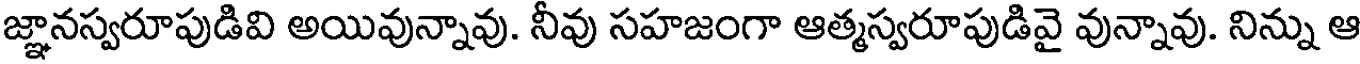
జ్ఞానస్వరూపుడివి అయివున్నావు. నీవు సహజంగా ఆత్మస్వరూపుడివై వున్నావు. నిన్ను ఆ